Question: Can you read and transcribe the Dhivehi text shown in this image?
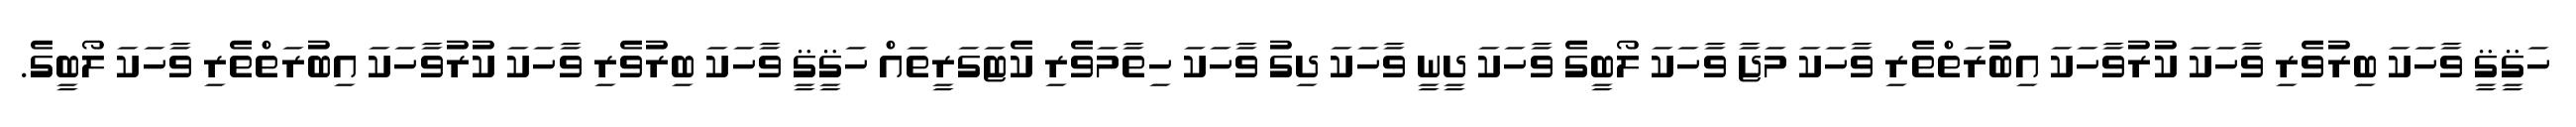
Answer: ހަޤީޤީ ވާހަކަ ބިރުވެރި ވާހަކަ ކުރުވާހަކަ އިބުރަތްތެރި ވާހަކަ މަޖާ ވާހަކަ ލޯބީގެ ވާހަކަ ދީނީ ވާހަކަ ދިގު ވާހަކަ ހިތާމަވެރި ކެޓަގަރީތައް ހަޤީޤީ ވާހަކަ ބިރުވެރި ވާހަކަ ކުރުވާހަކަ އިބުރަތްތެރި ވާހަކަ ލޯބީގެ.